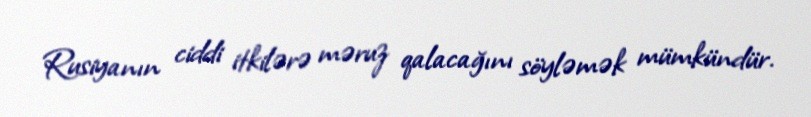
Rusiyanın ciddi itkilərə məruz qalacağını söyləmək mümkündür.